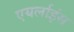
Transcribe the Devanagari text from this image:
एयर्लाइंस